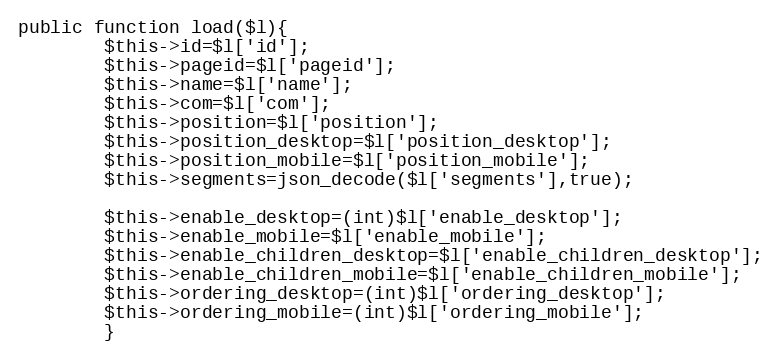
Language: PHP
public function load($l){
		$this->id=$l['id'];
		$this->pageid=$l['pageid'];
		$this->name=$l['name'];
		$this->com=$l['com'];
		$this->position=$l['position'];
		$this->position_desktop=$l['position_desktop'];
		$this->position_mobile=$l['position_mobile'];
		$this->segments=json_decode($l['segments'],true);

		$this->enable_desktop=(int)$l['enable_desktop'];
		$this->enable_mobile=$l['enable_mobile'];
		$this->enable_children_desktop=$l['enable_children_desktop'];
		$this->enable_children_mobile=$l['enable_children_mobile'];
		$this->ordering_desktop=(int)$l['ordering_desktop'];
		$this->ordering_mobile=(int)$l['ordering_mobile'];
		}